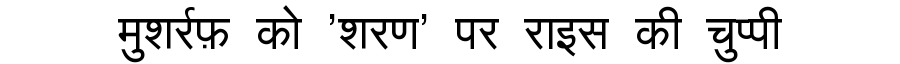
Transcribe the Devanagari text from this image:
मुशर्रफ़ को 'शरण' पर राइस की चुप्पी